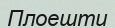
Плоешти